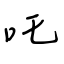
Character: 吒